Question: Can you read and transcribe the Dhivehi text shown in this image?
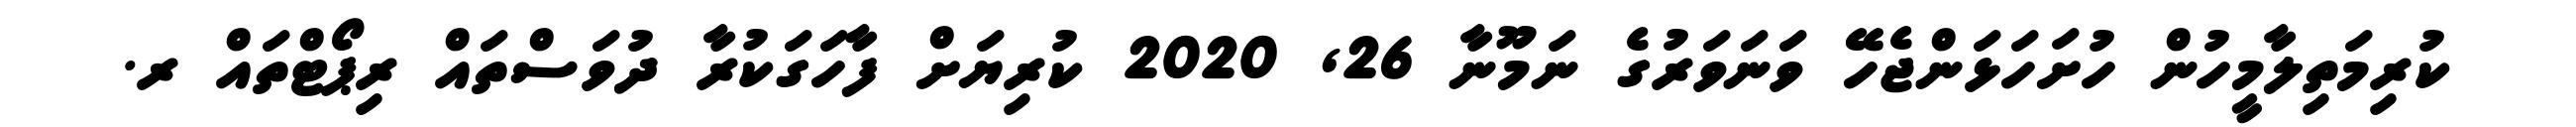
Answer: ކުރިމަތިލާމީހުން ހުށަހަޅަންޖެހޭ ވަނަވަރުގެ ނަމޫނާ 26, 2020 ކުރިޔަށް ފާހަގަކުރާ ދުވަސްތައް ރިޕޯޓްތައް ރ.